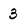
Character: 3